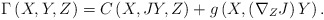
\begin{align*}\Gamma \left( X,Y,Z\right) =C\left( X,JY,Z\right) +g\left( X,\left( \nabla_{Z}J\right) Y\right) . \end{align*}